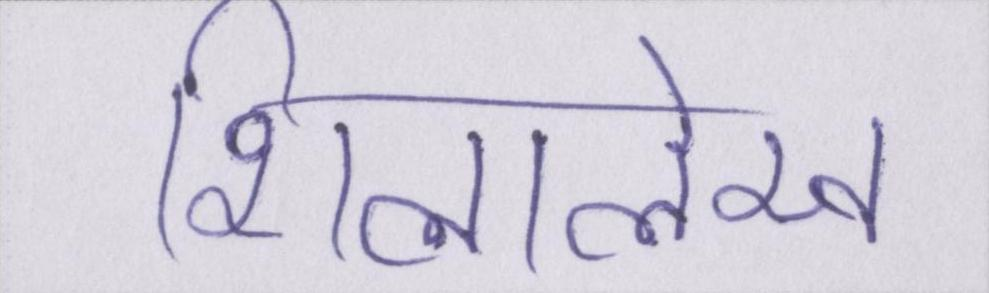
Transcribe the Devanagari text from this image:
शिलालेख